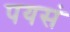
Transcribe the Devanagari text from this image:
पयसं